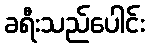
ခရီးသည်ပေါင်း